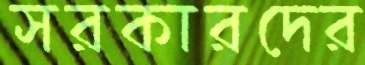
সরকারদের